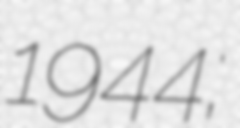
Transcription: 1944;